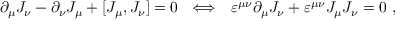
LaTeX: { \partial } _ { \mu } J _ { \nu } - { \partial } _ { \nu } J _ { \mu } + [ J _ { \mu } , J _ { \nu } ] = 0 ~ ~ \Longleftrightarrow ~ ~ \varepsilon ^ { \mu \nu } { \partial } _ { \mu } J _ { \nu } + \varepsilon ^ { \mu \nu } J _ { \mu } J _ { \nu } = 0 ~ ,